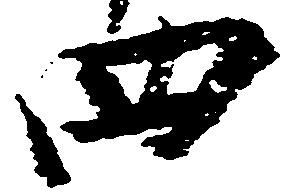
四